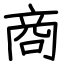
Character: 商